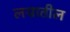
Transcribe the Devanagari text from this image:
लग्नातील